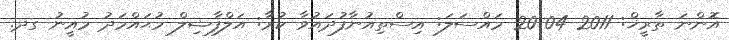
އޮންނަ ތާރީޚް: 2011-04-20 މައްސަލަ: އިސްތިއުނާފުދައުވާ ކުރާ: އަލްފާޟިލް މުޙައްމަދު މުއީނު ގދ.